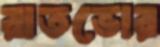
রাতভোর